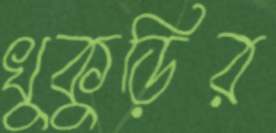
খুকুড়ির